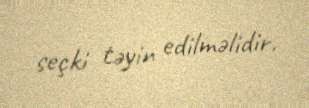
seçki təyin edilməlidir.